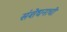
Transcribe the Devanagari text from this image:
संशेधनाची